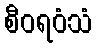
စီဝရဝံသံ